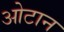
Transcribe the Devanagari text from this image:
ओटान